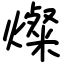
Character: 燦